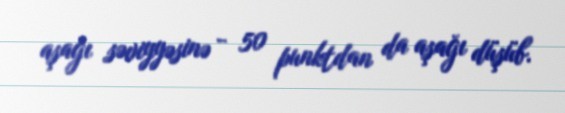
aşağı səviyyəsinə - 50 punktdan da aşağı düşüb.